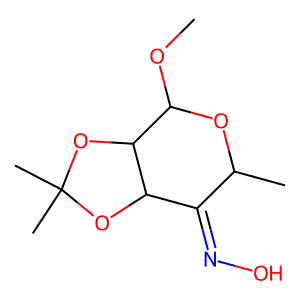
SMILES: COC1OC(C)C(=NO)C2OC(C)(C)OC12
Inhibits HIV replication: No